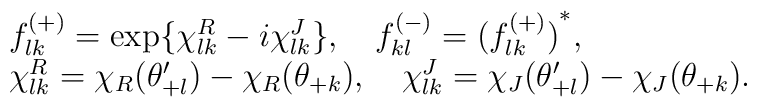
\begin{array}{l}f^{(+)}_{lk}=\exp \{ \chi^{R}_{lk}-i\chi^{J}_{lk} \}, \quad f^{(-)}_{kl}={(f^{(+)}_{lk})}^{*},\\\chi^{R}_{lk}=\chi_{R}(\theta'_{+l})-\chi_{R}(\theta_{+k}),\quad\chi^{J}_{lk}=\chi_{J}(\theta'_{+l})-\chi_{J}(\theta_{+k}).\end{array}